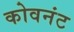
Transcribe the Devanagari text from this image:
कोवनंट